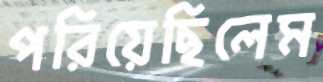
পরিয়েছিলেম